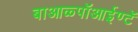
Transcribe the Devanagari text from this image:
बाआळ्पॉआईण्टॅ